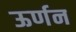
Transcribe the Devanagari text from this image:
ऊर्णन